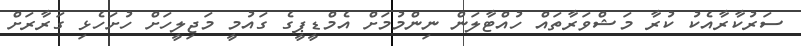
ސަރުކާރާއެކު ކުރާ މަޝްވަރާތައް ހުއްޓާލަން ނިންމުމަށް އެމްޑީޕީގެ ގައުމީ މަޖިލީހަށް ހުށަހެޅި ގަރާރަށް